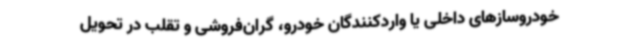
خودروسازهای داخلی یا واردکنندگان خودرو، گران‌فروشی و تقلب در تحویل